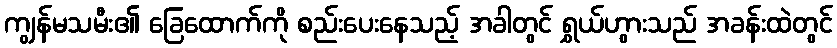
ကျွန်မသမီး၏ ခြေထောက်ကို စည်းပေးနေသည့် အခါတွင် ရွှယ်ဟွားသည် အခန်းထဲတွင်